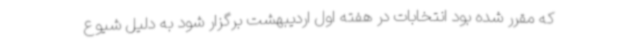
که مقرر شده بود انتخابات در هفته اول اردیبهشت برگزار شود به دلیل شیوع